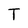
Character: T